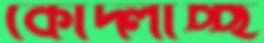
কোদ্‌লাচ্ছ